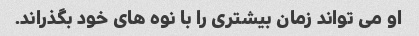
او می تواند زمان بیشتری را با نوه های خود بگذراند.